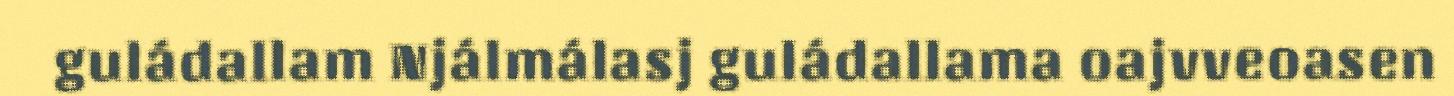
guládallam Njálmálasj guládallama oajvveoasen